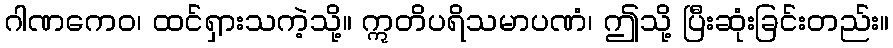
ဂါဏကေဝ၊ ထင်ရှားသကဲ့သို့။ ဣတိပရိသမာပဏံ၊ ဤသို့ ပြီးဆုံးခြင်းတည်း။